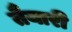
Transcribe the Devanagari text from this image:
तैेयारी